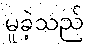
မူခဲ့သည်